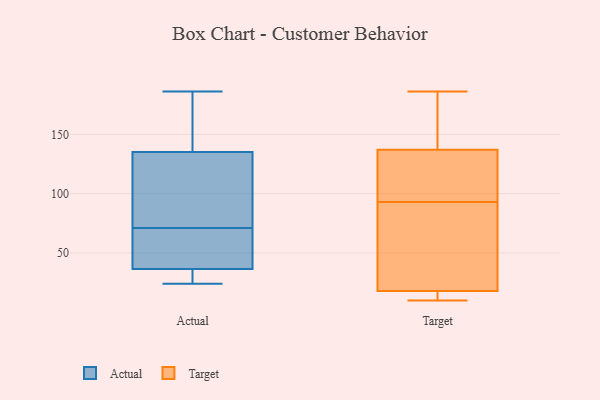
{"axis": {"x": "Gross Profit (USD K)", "y": "Value"}, "legend": ["Actual", "Target"], "data": [{"x": "", "y": 45, "type": "Actual"}, {"x": "", "y": 30, "type": "Actual"}, {"x": "", "y": 137, "type": "Actual"}, {"x": "", "y": 186, "type": "Actual"}, {"x": "", "y": 24, "type": "Actual"}, {"x": "", "y": 149, "type": "Actual"}, {"x": "", "y": 129, "type": "Actual"}, {"x": "", "y": 71, "type": "Actual"}, {"x": "", "y": 41, "type": "Actual"}, {"x": "", "y": 116, "type": "Actual"}, {"x": "", "y": 35, "type": "Actual"}, {"x": "", "y": 81, "type": "Target"}, {"x": "", "y": 179, "type": "Target"}, {"x": "", "y": 186, "type": "Target"}, {"x": "", "y": 105, "type": "Target"}, {"x": "", "y": 40, "type": "Target"}, {"x": "", "y": 176, "type": "Target"}, {"x": "", "y": 10, "type": "Target"}, {"x": "", "y": 17, "type": "Target"}, {"x": "", "y": 15, "type": "Target"}, {"x": "", "y": 114, "type": "Target"}, {"x": "", "y": 108, "type": "Target"}, {"x": "", "y": 137, "type": "Target"}, {"x": "", "y": 18, "type": "Target"}, {"x": "", "y": 24, "type": "Target"}]}